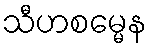
သီဟစမ္မေန